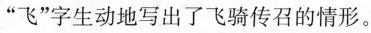
”飞”字生动地写出了飞骑传召的情形。